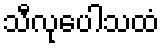
သီလုပေါသထံ